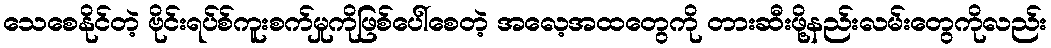
သေစေနိုင်တဲ့ ဗိုင်းရပ်စ်ကူးစက်မှုကိုဖြစ်ပေါ်စေတဲ့ အလေ့အထတွေကို တားဆီးဖို့နည်းလမ်းတွေကိုလည်း